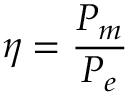
\eta = { \frac { P _ { m } } { P _ { e } } }